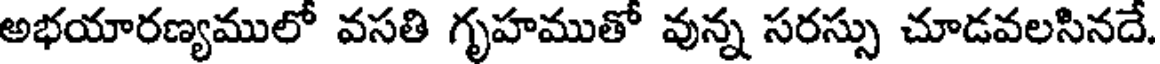
అభయారణ్యములో వసతి గృహముతో వున్న సరస్సు చూడవలసినదే